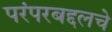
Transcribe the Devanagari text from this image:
परंपरबद्दलचे